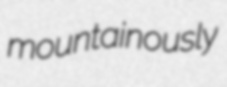
mountainously